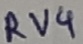
Text: RV4